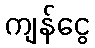
ကျန်ငွေ